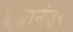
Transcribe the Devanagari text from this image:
दंशानंतर